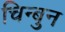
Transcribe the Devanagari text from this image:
चिन्बुन